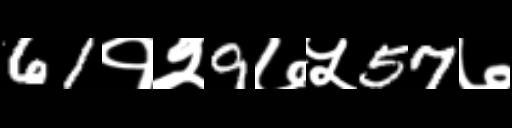
Text: 61१२9७५57७